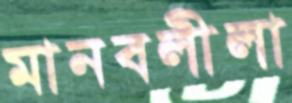
মানবলীলা